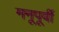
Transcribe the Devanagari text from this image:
मनूपूर्वी